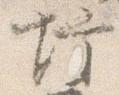
坊